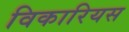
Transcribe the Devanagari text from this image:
विकारियस